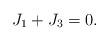
LaTeX: \begin{align*}J_1 + J_3 = 0.\end{align*}